Scientific memoirs by medical officers of the Army of India - Part X,
Year: 1897
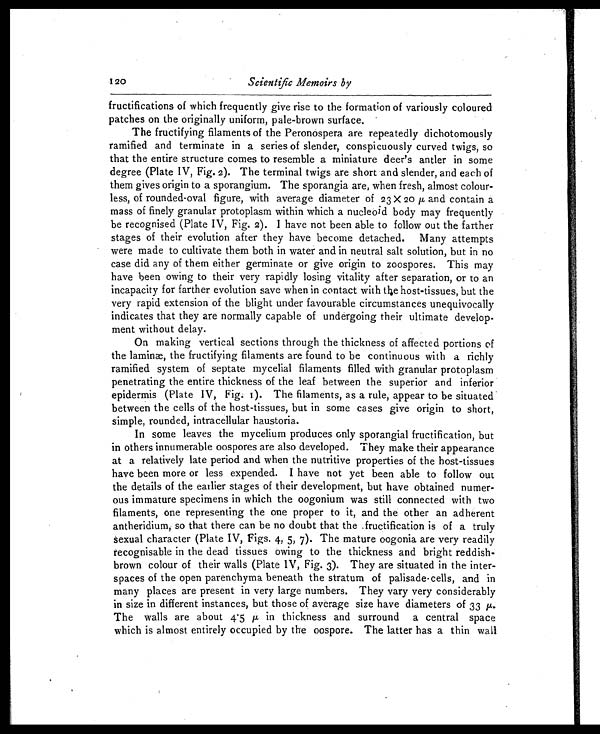
120
Scientific Memoirs by
fructifications of which frequently give rise to the formation of variously coloured
patches on the originally uniform, pale-brown surface.
The fructifying filaments of the Peronospera are repeatedly dichotomously
ramified and terminate in a series of slender, conspicuously curved twigs, so
that the entire structure comes to resemble a miniature deer's antler in some
degree (Plate IV, Fig. 2). The terminal twigs are short and slender, and each of
them gives origin to a sporangium. The sporangia are, when fresh, almost colour-
less, of rounded-oval figure, with average diameter of 23 X 20 μ and contain a
mass of finely granular protoplasm within which a nucleoid body may frequently
be recognised (Plate IV, Fig. 2). I have not been able to follow out the farther
stages of their evolution after they have become detached. Many attempts
were made to cultivate them both in water and in neutral salt solution, but in no
case did any of them either germinate or give origin to zoospores. This may
have been owing to their very rapidly losing vitality after separation, or to an
incapacity for farther evolution save when in contact with the host-tissues, but the
very rapid extension of the blight under favourable circumstances unequivocally
indicates that they are normally capable of undergoing their ultimate develop-.
ment without delay.
On making vertical sections through the thickness of affected portions of
the laminæ, the fructifying filaments are found to be continuous with a richly
ramified system of septate mycelial filaments filled with granular protoplasm
penetrating the entire thickness of the leaf between the superior and inferior
epidermis (Plate IV, Fig. 1). The filaments, as a rule, appear to be situated
between the cells of the host-tissues, but in some cases give origin to short,
simple, rounded, intracellular haustoria.
In some leaves the mycelium produces only sporangial fructification, but
in others innumerable oospores are also developed. They make their appearance
at a relatively late period and when the nutritive properties of the host-tissues
have been more or less expended. I have not yet been able to follow out
the details of the earlier stages of their development, but have obtained numer-
ous immature specimens in which the oogonium was still connected with two
filaments, one representing the one proper to it, and the other an adherent
antheridium, so that there can be no doubt that the fructification is of a truly
sexual character (Plate IV, Figs. 4, 5, 7). The mature oogonia are very readily
recognisable in the dead tissues owing to the thickness and bright reddish-
brown colour of their walls (Plate IV, Fig. 3). They are situated in the inter-
spaces of the open parenchyma beneath the stratum of palisade-cells, and in
many places are present in very large numbers. They vary very considerably
in size in different instances, but those of average size have diameters of 33 μ .
The walls are about 4.5 μ in thickness and surround a central space
which is almost entirely occupied by the oospore. The latter has a thin wall